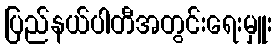
ပြည်နယ်ပါတီအတွင်းရေးမှူး